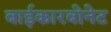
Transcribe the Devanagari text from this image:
बाईकारबोनेट